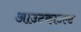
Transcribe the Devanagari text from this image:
आउटकाउल्ट